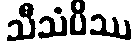
သီသံပိဿ